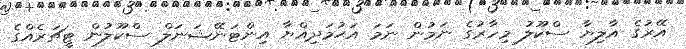
އޭރުގެ އާލިޔާ ސްކޫލު މިހާރުގެ ނަމުން ނަމަ އަޙުމަދިއްޔާ އިންޓަނޭޝަނަލް ސްކޫލުން ޓީޗަރެއްގެ